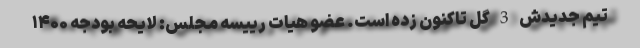
تیم جدیدش 3 گل تاکنون زده است. عضو هیات رییسه مجلس: لایحه بودجه ۱۴۰۰